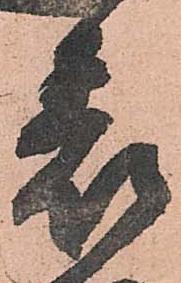
表